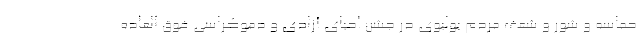
حماسه و شور و شعف مردم بولیوی در جشن احیای آزادی و دموکراسی فوق العاده